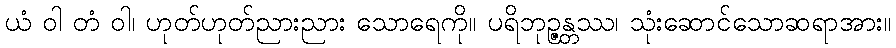
ယံ ဝါ တံ ဝါ၊ ဟုတ်ဟုတ်ညားညား သောရေကို။ ပရိဘုဉ္ဇန္တဿ၊ သုံးဆောင်သောဆရာအား။